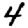
Digit: 4